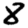
Digit: 8